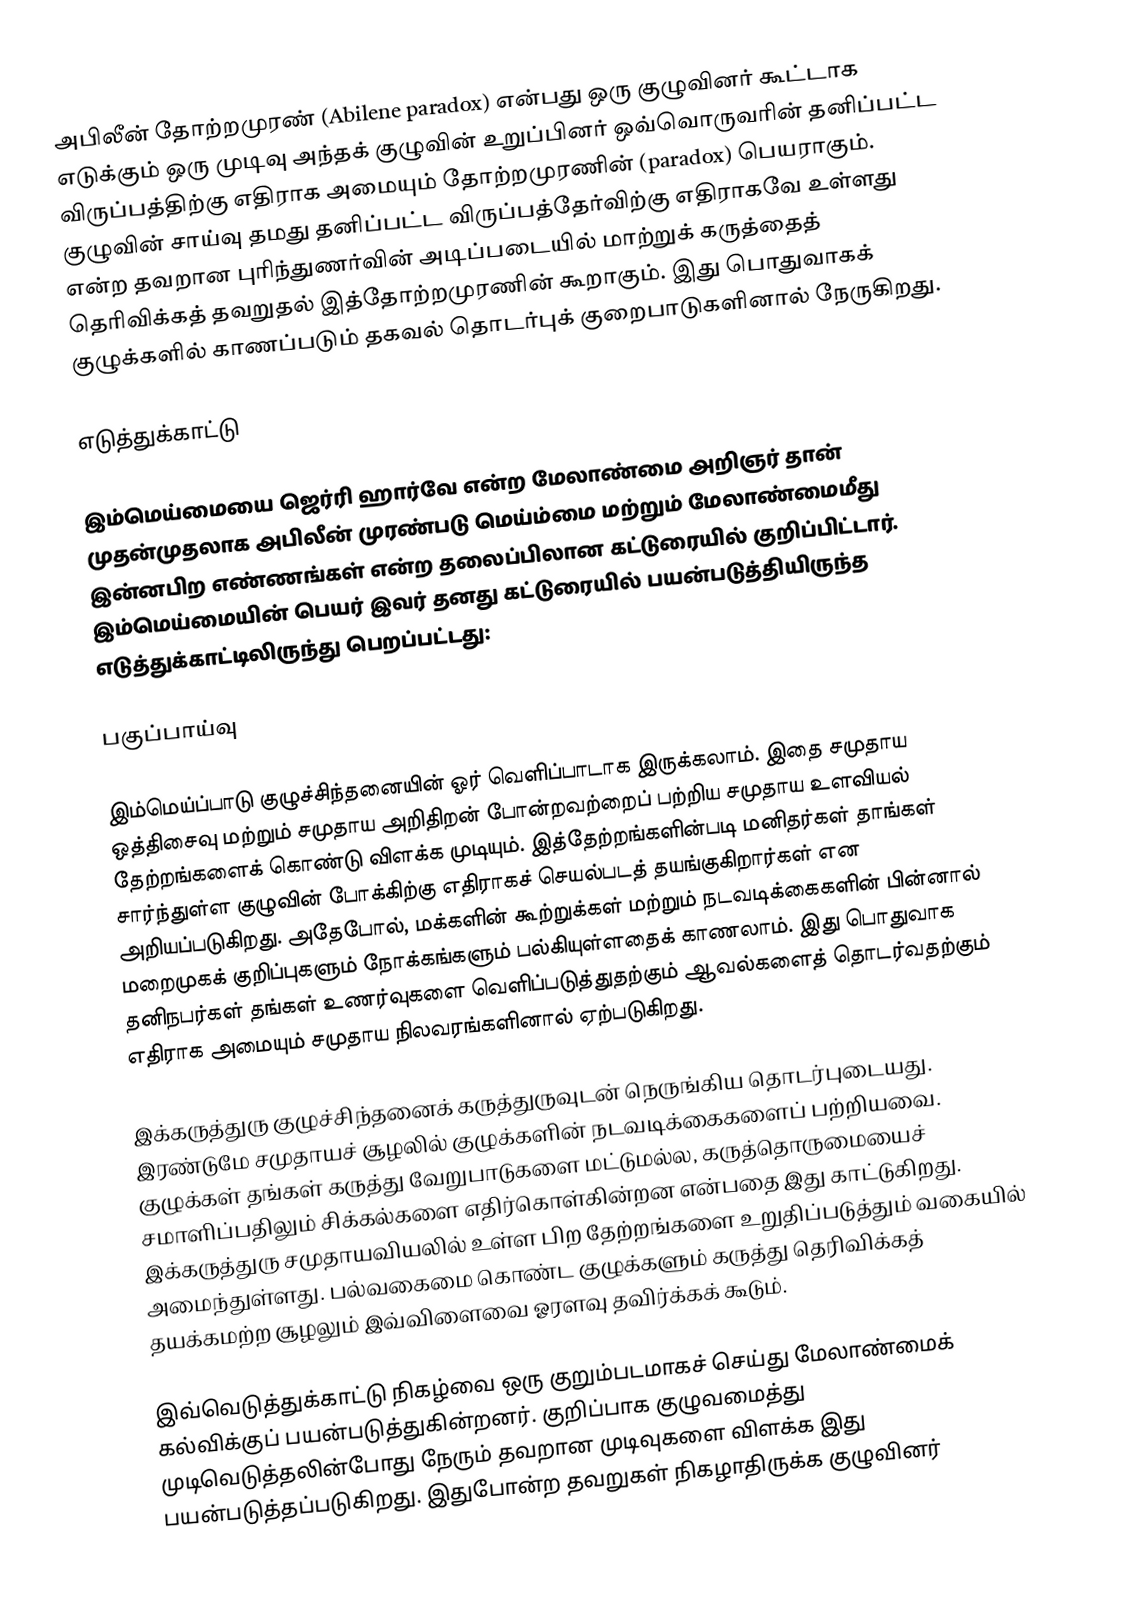
அபிலீன் தோற்றமுரண் (Abilene paradox) என்பது ஒரு குழுவினர் கூட்டாக எடுக்கும் ஒரு முடிவு அந்தக் குழுவின் உறுப்பினர் ஒவ்வொருவரின் தனிப்பட்ட விருப்பத்திற்கு எதிராக அமையும் தோற்றமுரணின் (paradox) பெயராகும். குழுவின் சாய்வு தமது தனிப்பட்ட விருப்பத்தேர்விற்கு எதிராகவே உள்ளது என்ற தவறான புரிந்துணர்வின் அடிப்படையில் மாற்றுக் கருத்தைத் தெரிவிக்கத் தவறுதல் இத்தோற்றமுரணின் கூறாகும். இது பொதுவாகக் குழுக்களில் காணப்படும் தகவல் தொடர்புக் குறைபாடுகளினால் நேருகிறது.

எடுத்துக்காட்டு

இம்மெய்மையை ஜெர்ரி ஹார்வே என்ற மேலாண்மை அறிஞர் தான் முதன்முதலாக அபிலீன் முரண்படு மெய்ம்மை மற்றும் மேலாண்மைமீது இன்னபிற எண்ணங்கள் என்ற தலைப்பிலான கட்டுரையில் குறிப்பிட்டார். இம்மெய்மையின் பெயர் இவர் தனது கட்டுரையில் பயன்படுத்தியிருந்த எடுத்துக்காட்டிலிருந்து பெறப்பட்டது:

பகுப்பாய்வு

இம்மெய்ப்பாடு குழுச்சிந்தனையின் ஓர் வெளிப்பாடாக இருக்கலாம். இதை சமுதாய ஒத்திசைவு மற்றும் சமுதாய அறிதிறன் போன்றவற்றைப் பற்றிய சமுதாய உளவியல் தேற்றங்களைக் கொண்டு விளக்க முடியும். இத்தேற்றங்களின்படி மனிதர்கள் தாங்கள் சார்ந்துள்ள குழுவின் போக்கிற்கு எதிராகச் செயல்படத் தயங்குகிறார்கள் என அறியப்படுகிறது. அதேபோல், மக்களின் கூற்றுக்கள் மற்றும் நடவடிக்கைகளின் பின்னால் மறைமுகக் குறிப்புகளும் நோக்கங்களும் பல்கியுள்ளதைக் காணலாம். இது பொதுவாக தனிநபர்கள் தங்கள் உணர்வுகளை வெளிப்படுத்துதற்கும் ஆவல்களைத் தொடர்வதற்கும் எதிராக அமையும் சமுதாய நிலவரங்களினால் ஏற்படுகிறது.

இக்கருத்துரு குழுச்சிந்தனைக் கருத்துருவுடன் நெருங்கிய தொடர்புடையது. இரண்டுமே சமுதாயச் சூழலில் குழுக்களின் நடவடிக்கைகளைப் பற்றியவை. குழுக்கள் தங்கள் கருத்து வேறுபாடுகளை மட்டுமல்ல, கருத்தொருமையைச் சமாளிப்பதிலும் சிக்கல்களை எதிர்கொள்கின்றன என்பதை இது காட்டுகிறது. இக்கருத்துரு சமுதாயவியலில் உள்ள பிற தேற்றங்களை உறுதிப்படுத்தும் வகையில் அமைந்துள்ளது. பல்வகைமை கொண்ட குழுக்களும் கருத்து தெரிவிக்கத் தயக்கமற்ற சூழலும் இவ்விளைவை ஓரளவு தவிர்க்கக் கூடும்.

இவ்வெடுத்துக்காட்டு நிகழ்வை ஒரு குறும்படமாகச் செய்து மேலாண்மைக் கல்விக்குப் பயன்படுத்துகின்றனர். குறிப்பாக குழுவமைத்து முடிவெடுத்தலின்போது நேரும் தவறான முடிவுகளை விளக்க இது பயன்படுத்தப்படுகிறது. இதுபோன்ற தவறுகள் நிகழாதிருக்க குழுவினர்